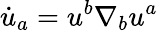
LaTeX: \dot{u}_{a}=u^{b}\nabla_{b}u^{a}